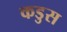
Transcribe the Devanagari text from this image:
कडुस